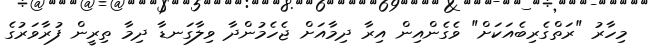
މިހާރު "ރަތްގެރިބެއަކަށް" ވެގެންއިން އިރާ ދިމާއަށް ޖެހެމުންދާ ވިލާގަނޑާ ދިމާ ތިރީން ފުރާވަރުގެ